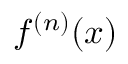
f ^ { ( n ) } ( x )